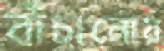
বাঁচানোয়